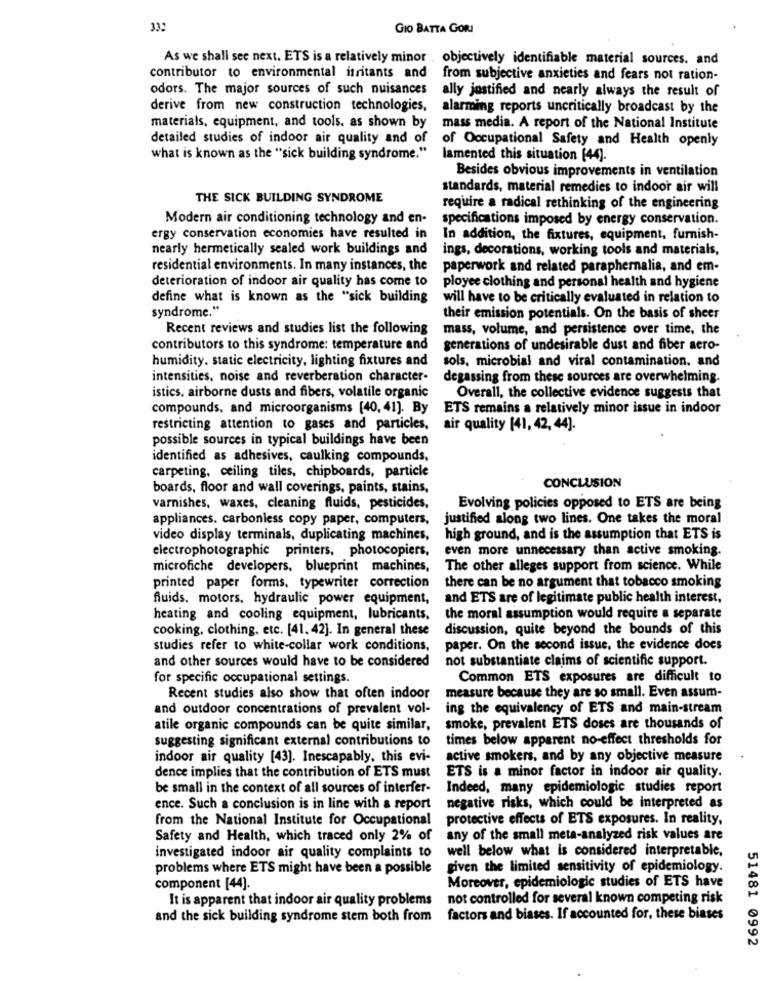
332
GIO BATTA GORI
As we shall see next. ETS is a relatively minor . objectively identifiable material sources. and
contributor to environmental irritants and
from subjective anxieties and fears not ration-
odors. The major sources of such nuisances
ally justified and nearly always the result of
derive from new construction technologies,
alarming reports uncritically broadcast by the
materials, equipment, and tools, as shown by
mass media. A report of the National Institute
detailed studies of indoor air quality and of
of Occupational Safety and Health openly
what is known as the "sick building syndrome."
lamented this situation [44).
Besides obvious improvements in ventilation
standards, material remedies to indoor air will
THE SICK BUILDING SYNDROME
require a radical rethinking of the engineering
Modern air conditioning technology and en-
specifications imposed by energy conservation.
ergy conservation economies have resulted in
In addition, the fixtures, equipment, furnish-
nearly hermetically sealed work buildings and
ings, decorations, working tools and materials,
residential environments. In many instances, the
paperwork and related paraphernalia, and em-
deterioration of indoor air quality has come to
ployee clothing and personal health and hygiene
define what is known as the "sick building
will have to be critically evaluated in relation to
syndrome."
their emission potentials. On the basis of sheer
Recent reviews and studies list the following
mass, volume, and persistence over time, the
contributors to this syndrome: temperature and
generations of undesirable dust and fiber aero-
humidity. static electricity, lighting fixtures and
sols, microbial and viral contamination. and
intensities, noise and reverberation character-
degassing from these sources are overwhelming.
istics, airborne dusts and fibers, volatile organic
Overall, the collective evidence suggests that
compounds, and microorganisms [40, 41]. By
ETS remains a relatively minor issue in indoor
restricting attention to gases and particles,
air quality [41, 42, 44].
possible sources in typical buildings have been
identified as adhesives, caulking compounds,
carpeting, ceiling tiles, chipboards, particle
boards, floor and wall coverings, paints, stains,
CONCLUSION
varnishes, waxes, cleaning fluids, pesticides,
Evolving policies opposed to ETS are being
appliances. carbonless copy paper, computers,
justified along two lines. One takes the moral
video display terminals, duplicating machines,
high ground, and is the assumption that ETS is
electrophotographic printers, photocopiers,
even more unnecessary than active smoking.
microfiche developers, blueprint machines,
The other alleges support from science. While
printed paper forms, typewriter correction
there can be no argument that tobacco smoking
fluids. motors, hydraulic power equipment,
and ETS are of legitimate public health interest,
heating and cooling equipment, lubricants.
the moral assumption would require a separate
cooking, clothing, etc. [41. 42]. In general these
discussion, quite beyond the bounds of this
studies refer to white-collar work conditions,
paper. On the second issue, the evidence does
and other sources would have to be considered
not substantiate claims of scientific support.
for specific occupational settings.
Common ETS exposures are difficult to
Recent studies also show that often indoor
measure because they are so small. Even assum-
and outdoor concentrations of prevalent vol-
ing the equivalency of ETS and main-stream
atile organic compounds can be quite similar,
smoke, prevalent ETS doses are thousands of
suggesting significant external contributions to
times below apparent no-effect thresholds for
indoor air quality [43]. Inescapably, this evi-
active smokers, and by any objective measure
dence implies that the contribution of ETS must
ETS is a minor factor in indoor air quality.
be small in the context of all sources of interfer-
Indeed, many epidemiologic studies report
ence. Such a conclusion is in line with a report
negative risks, which could be interpreted as
from the National Institute for Occupational
protective effects of ETS exposures. In reality,
Safety and Health, which traced only 2% of
any of the small meta-analyzed risk values are
well below what is considered interpretable,
investigated indoor air quality complaints to
problems where ETS might have been a possible
given the limited sensitivity of epidemiology.
component [44].
Moreover, epidemiologic studies of ETS have
It is apparent that indoor air quality problems
not controlled for several known competing risk
and the sick building syndrome stem both from
factors and biases. If accounted for, these biases
51481 0992